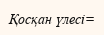
Қосқан үлесі=